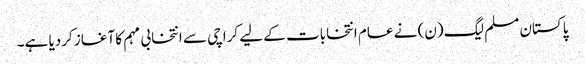
پاکستان مسلم لیگ (ن) نے عام انتخابات کے لیے کراچی سے انتخابی مہم کا آغاز کردیا ہے۔